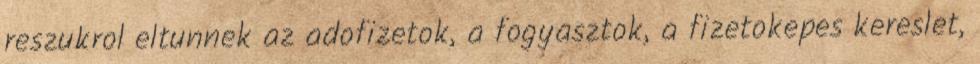
reszukrol eltunnek az adofizetok, a fogyasztok, a fizetokepes kereslet,